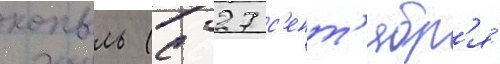
копыль (с 27 с'ент'ябр'я́